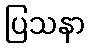
ပြသနာ